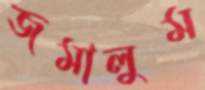
জমালুম